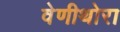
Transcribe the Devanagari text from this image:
वेणीथोरा